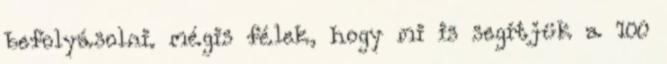
befolyásolni. mégis félek, hogy mi is segítjük a 100